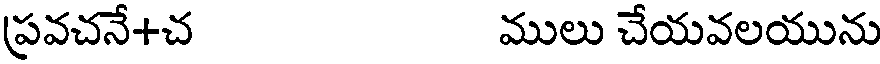
ప్రవచనే+చ ములు చేయవలయును